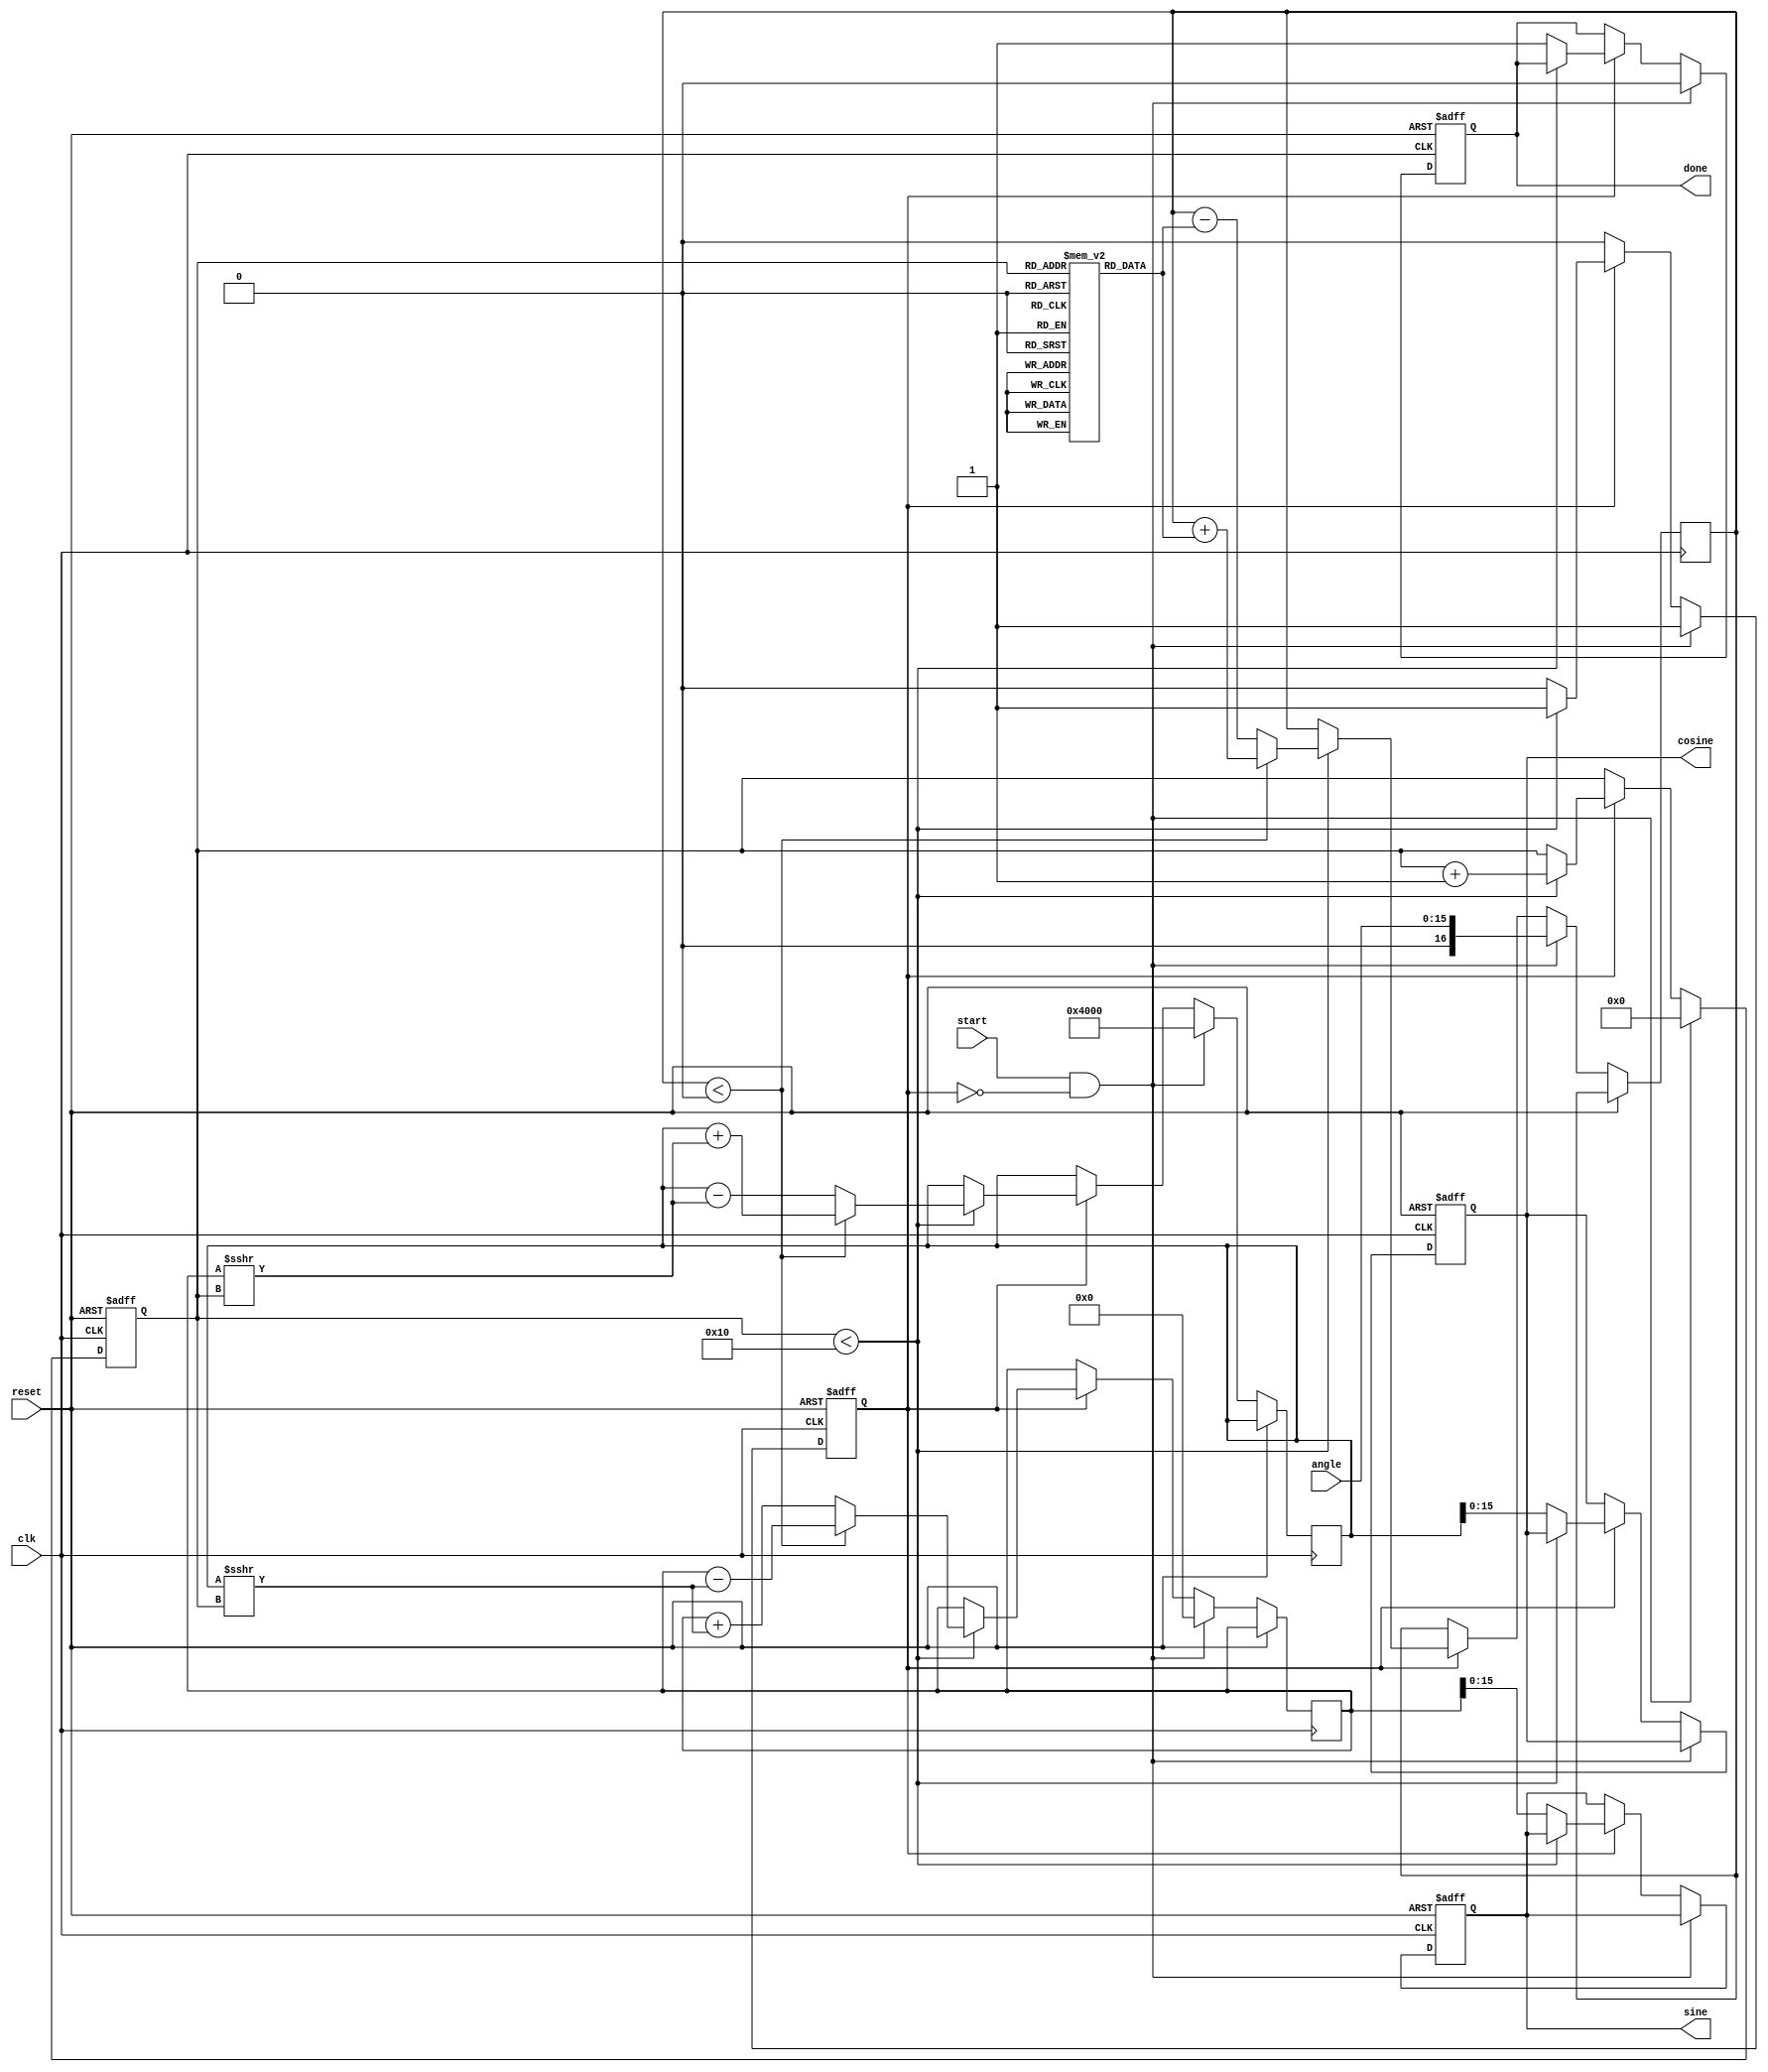
module cordic (
    input clk,
    input reset,
    input start,
    input [15:0] angle, // Input angle in fixed-point format (e.g., Q15 format)
    output reg signed [15:0] sine,
    output reg signed [15:0] cosine,
    output reg done
);

    // Parameters
    parameter NUM_ITERATIONS = 16; // Number of CORDIC iterations
    parameter LUT_WIDTH = 16; // Width of LUT entries
    parameter ANGLE_LUT_SIZE = NUM_ITERATIONS;

    // LUTs for angles (arctangent values) and scaling factors
    reg [LUT_WIDTH-1:0] angle_lut [0:ANGLE_LUT_SIZE-1];
    reg [LUT_WIDTH-1:0] scaling_lut [0:ANGLE_LUT_SIZE-1];

    // Internal registers for x, y, and angle
    reg signed [16:0] x; // Extended to handle overflow
    reg signed [16:0] y; // Extended to handle overflow
    reg signed [16:0] z; // Angle accumulator

    // Control variables
    reg [3:0] iter_count;
    reg in_process;

    // Initialize LUTs
    initial begin
        // Populate angle LUT with arctangent values for each iteration
        angle_lut[0] = 16'h2000; // atan(1) = 45 degrees
        angle_lut[1] = 16'h1400; // atan(0.5)
        angle_lut[2] = 16'h0A00; // atan(0.25)
        // ... Fill remaining LUT values

        // Populate scaling factor LUT
        scaling_lut[0] = 16'h26DD; // Scaling factor for 0th iteration
        scaling_lut[1] = 16'h1D90; // Scaling factor for 1st iteration
        // ... Fill remaining LUT values
    end

    // CORDIC Iteration Logic
    always @(posedge clk or posedge reset) begin
        if (reset) begin
            sine <= 0;
            cosine <= 0;
            done <= 0;
            iter_count <= 0;
            in_process <= 0;
        end else if (start && !in_process) begin
            // Initialize inputs and set process flag
            x <= 16'h4000; // Initial cosine value (1.0 in Q15)
            y <= 0; // Initial sine value (0.0)
            z <= angle; // Input angle
            iter_count <= 0;
            in_process <= 1;
            done <= 0;
        end else if (in_process) begin
            if (iter_count < NUM_ITERATIONS) begin
                // Perform CORDIC rotation
                if (z < 0) begin
                    // Counter-clockwise rotation
                    x <= x + (y >>> iter_count);
                    y <= y - (x >>> iter_count);
                    z <= z + angle_lut[iter_count];
                end else begin
                    // Clockwise rotation
                    x <= x - (y >>> iter_count);
                    y <= y + (x >>> iter_count);
                    z <= z - angle_lut[iter_count];
                end

                // Update iteration count
                iter_count <= iter_count + 1;
            end else begin
                // Completed all iterations
                sine <= y; // Sine result
                cosine <= x; // Cosine result
                done <= 1; // Indicate that processing is done
                in_process <= 0; // Reset process flag
            end
        end
    end

endmodule